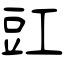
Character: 豇